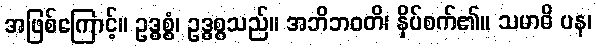
အဖြစ်ကြောင့်။ ဥဒ္ဓစ္စံ၊ ဥဒ္ဓစ္စသည်။ အဘိဘဝတိ၊ နှိပ်စက်၏။ သမာဓိ ပန၊